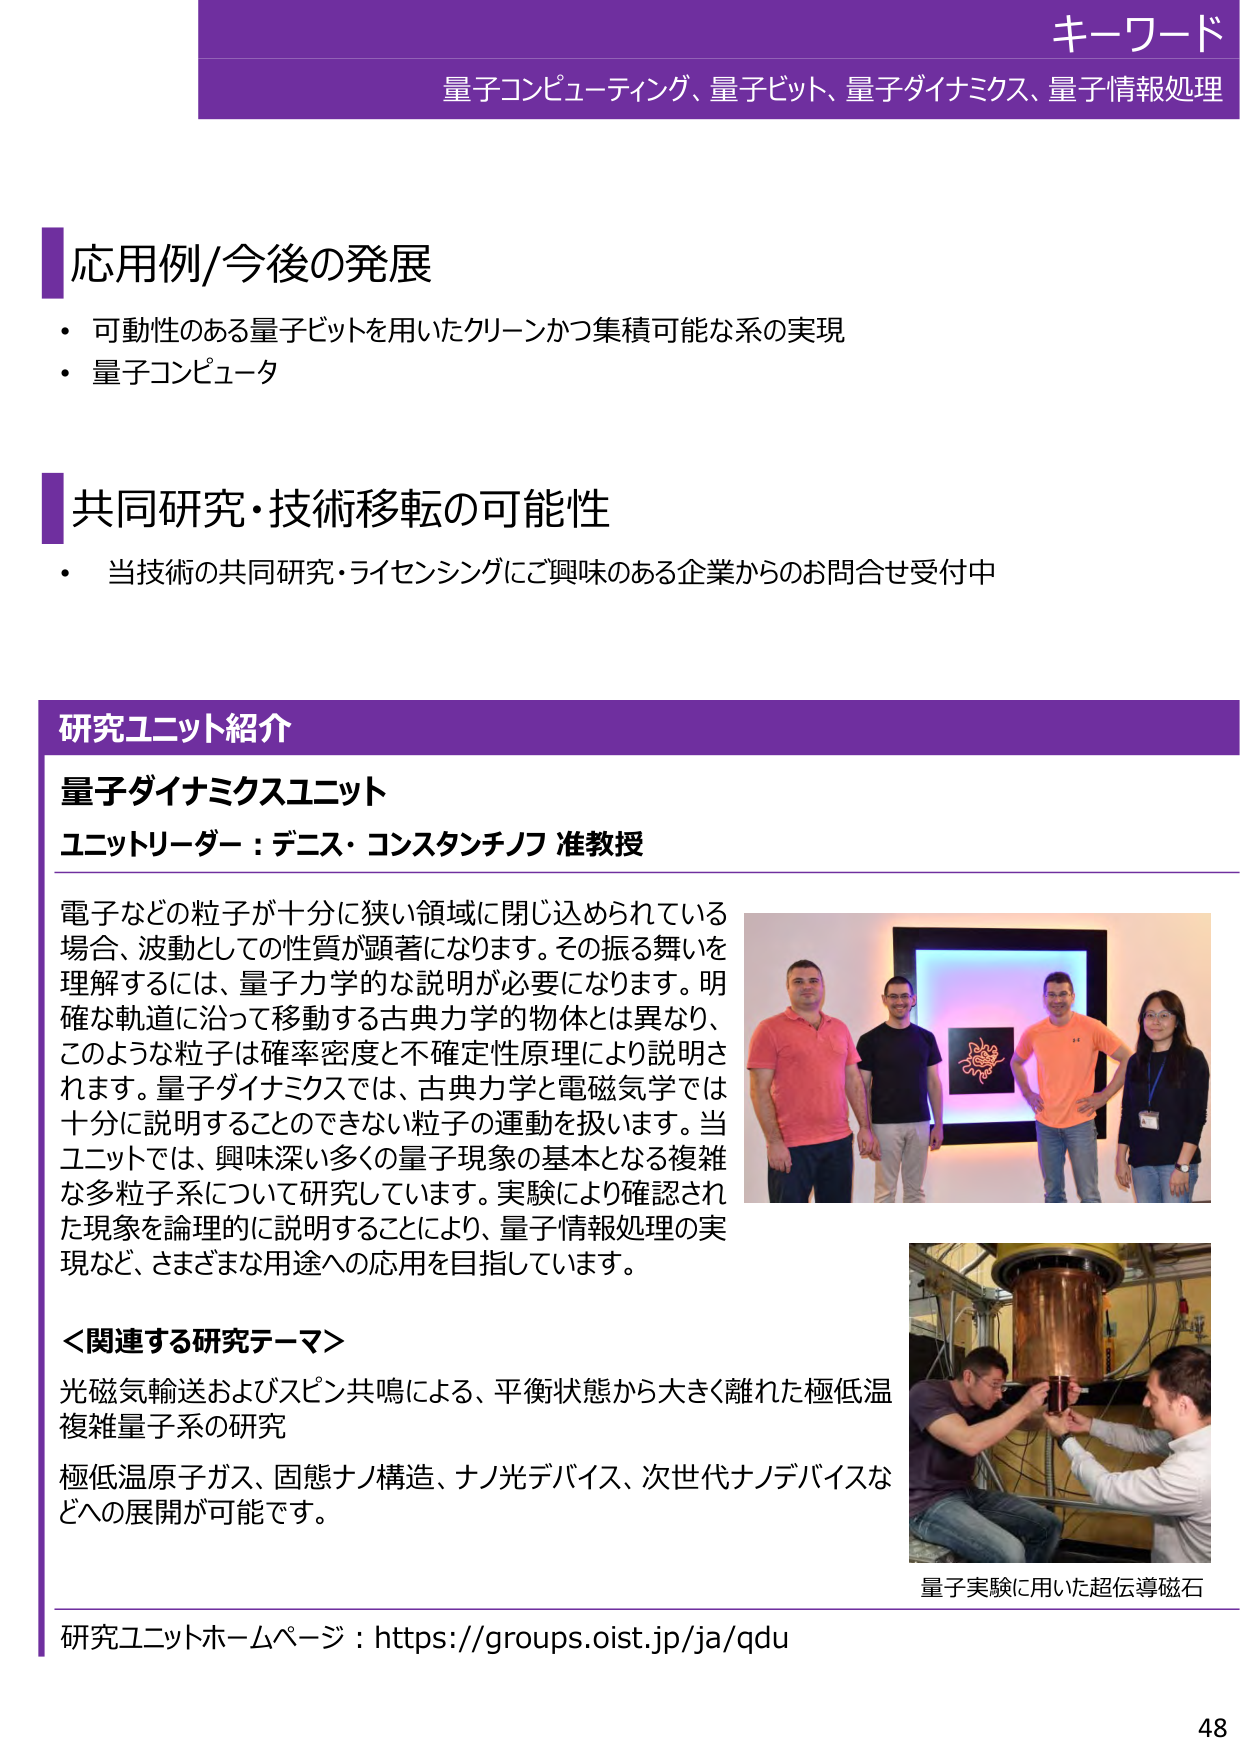
キーワード
量子コンピューティング、量子ビット、量子ダイナミクス、量子情報処理

応用例/今後の発展
・可動性のある量子ビットを用いたクリーンかつ集積可能な系の実現
・量子コンピュータ

共同研究・技術移転の可能性
・当技術の共同研究・ライセンシングにご興味のある企業からのお問合せ受付中

研究ユニット紹介
量子ダイナミクスユニット
ユニットリーダー：デニス・コンスタンチノフ 准教授

電子などの粒子が十分に狭い領域に閉じ込められている場合、波動としての性質が顕著になります。その振る舞いを理解するには、量子力学的な説明が必要になります。明確な軌道に沿って移動する古典力学的物体とは異なり、このような粒子は確率密度と不確定性原理により説明されます。量子ダイナミクスでは、古典力学と電磁気学では十分に説明することのできない粒子の運動を扱います。当ユニットでは、興味深い多くの量子現象の基本となる複雑な多粒子系について研究しています。実験により確認された現象を論理的に説明することにより、量子情報処理の実現など、さまざまな用途への応用を目指しています。

＜関連する研究テーマ＞
光磁気輸送およびスピン共鳴による、平衡状態から大きく離れた極低温複雑量子系の研究
極低温原子ガス、固態ナノ構造、ナノ光デバイス、次世代ナノデバイスなどへの展開が可能です。

量子実験に用いた超伝導磁石

研究ユニットホームページ：https://groups.oist.jp/ja/qdu

48